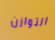
التوازن